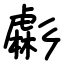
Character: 虨